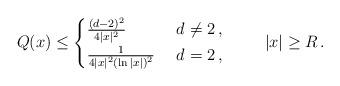
LaTeX: \begin{align*}Q(x) \leq\begin{cases}\frac{(d-2)^2}{4|x|^2} & \ d\neq 2 \,,\\\frac{1}{4|x|^2(\ln|x|)^2} & \ d=2 \,,\end{cases}\qquad\ |x|\geq R \,.\end{align*}